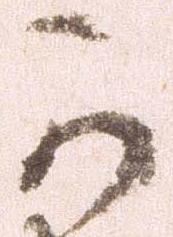
可